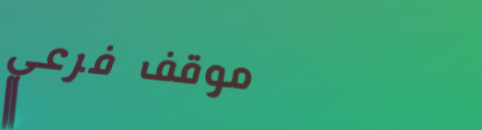
موقف فرعي